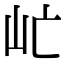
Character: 𡵀